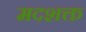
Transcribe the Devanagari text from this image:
मदशक्त